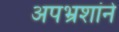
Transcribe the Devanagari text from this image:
अपभ्रशांने